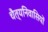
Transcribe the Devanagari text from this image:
चैत्यनिवासियों